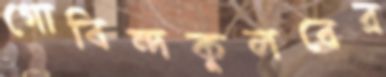
গোবিন্দকুলবের